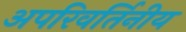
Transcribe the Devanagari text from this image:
अपरिवर्तिनीय